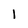
Character: l